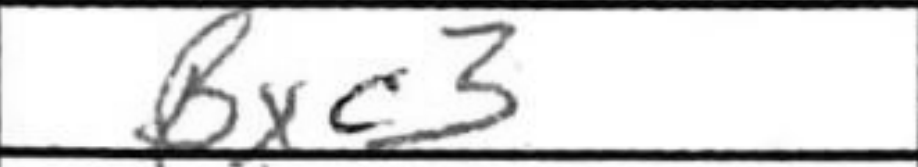
Transcription: Bxc3